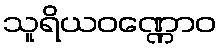
သူရိယဝဏ္ဏောဝ